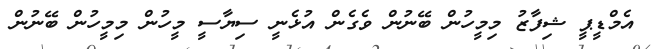
އެމްޑީޕީ ޝިފާޒު މިމީހުން ބޭނުން ވެގެން އުޅެނީ ސިޔާސީ މީހުން މިމީހުން ބޭނުން